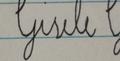
Signature authenticity: forged